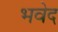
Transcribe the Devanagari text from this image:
भवेद